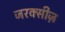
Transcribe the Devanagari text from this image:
जरक्सीज़